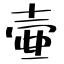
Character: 壷